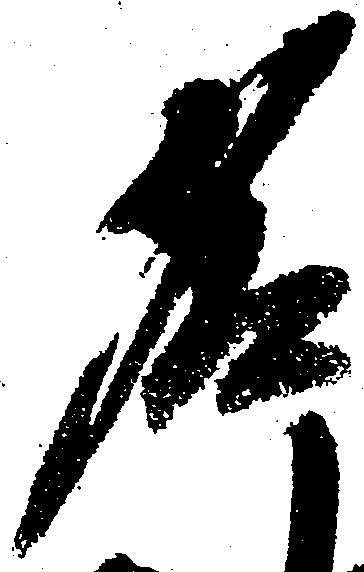
名